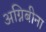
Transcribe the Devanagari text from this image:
अग्निबीना